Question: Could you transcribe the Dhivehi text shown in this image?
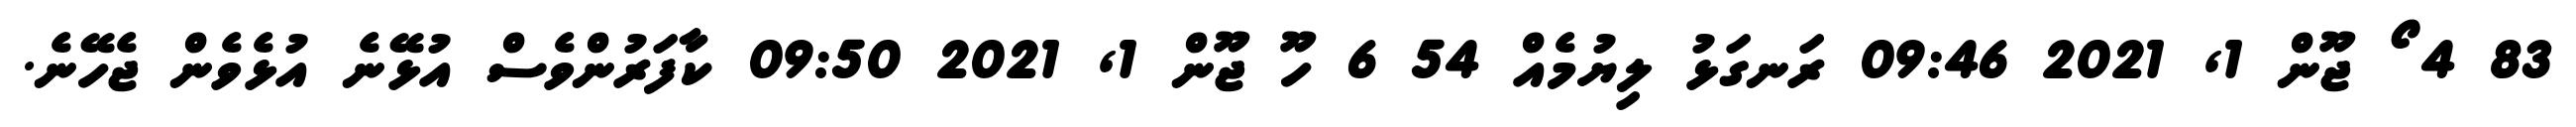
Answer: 83 4 ޯ ޖޫން 1, 2021 09:46 ރަނގަޅު ލިޔުމެއް 54 6 ހޫ ޖޫން 1, 2021 09:50 ކާފަރުންވެސް އުޅޭނެ އުޅެވެން ޖެހޭނެ.